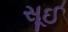
સૂઈ